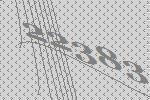
22383